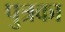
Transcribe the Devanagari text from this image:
पुत्रका